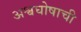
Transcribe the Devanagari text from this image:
अश्वघोषाची